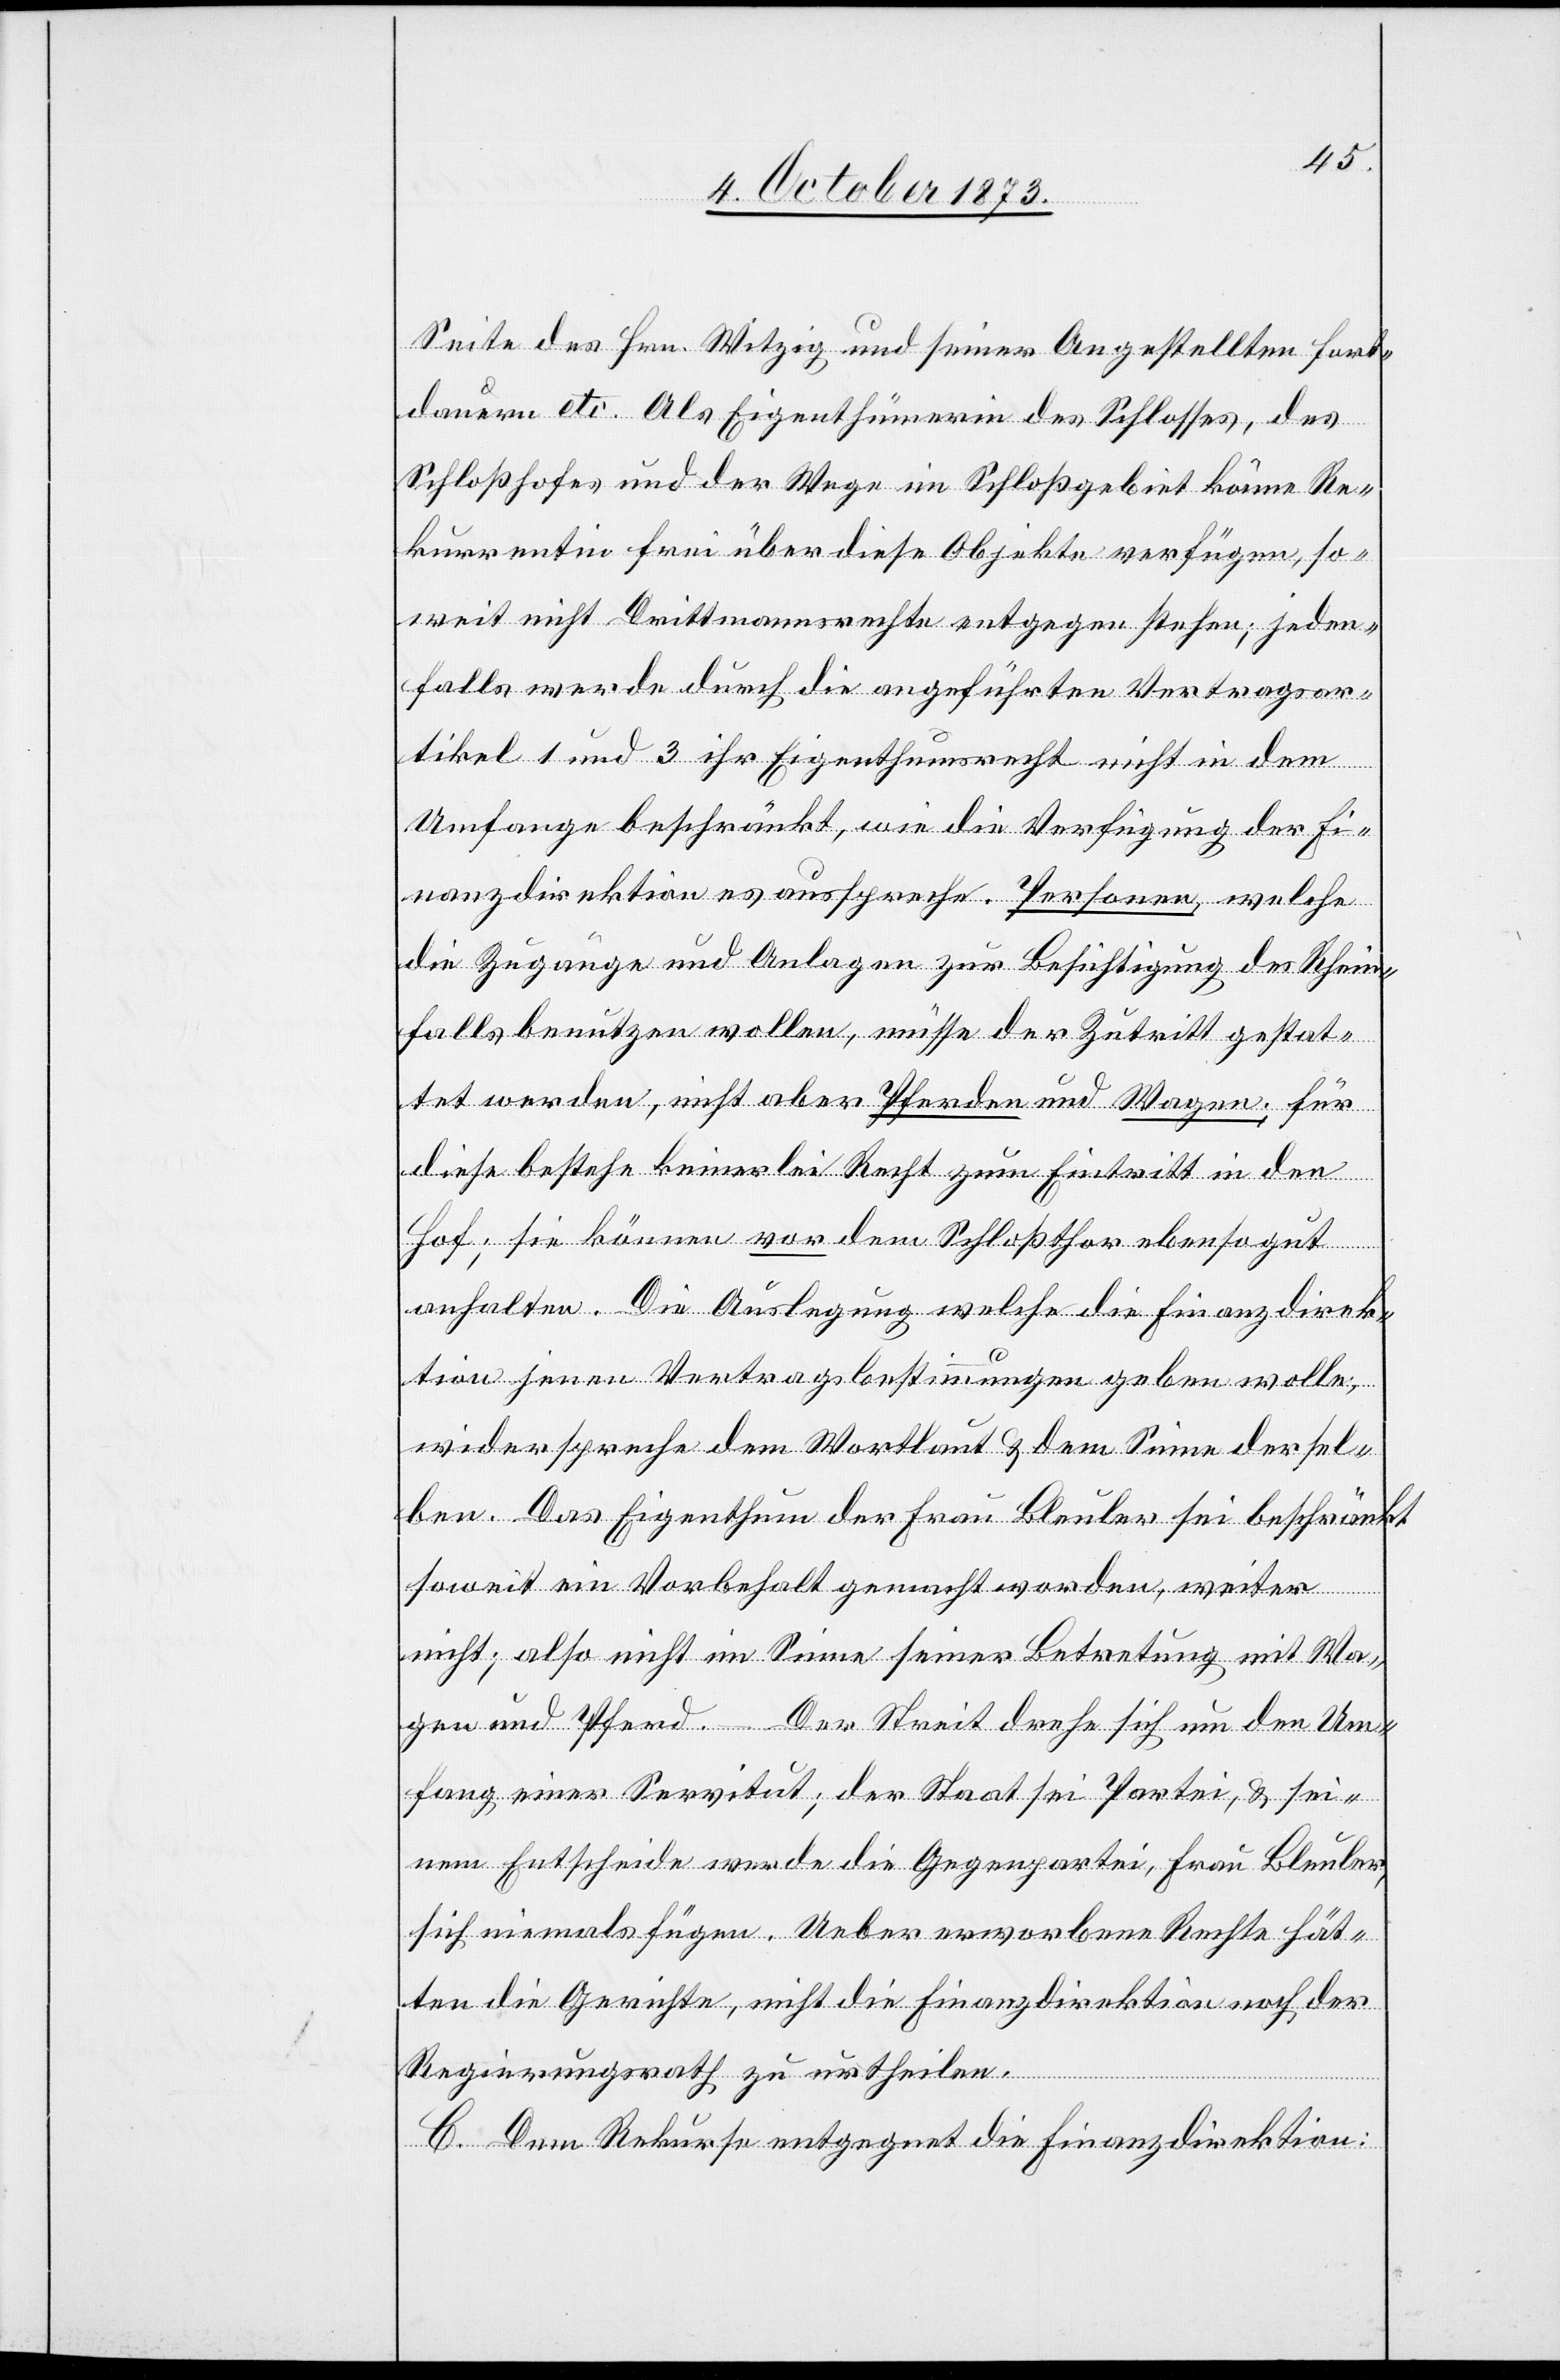
Seite des Hrn. Witzig und seiner Angestellten fort¬
dauern etc. Als Eigenthümerin des Schlosses, des
Schloßhofes und der Wege im Schloßgebiet könne Re¬
kurrentin frei über diese Objekte verfügen, so¬
weit nicht Drittmannsrechte entgegen stehen; jeden¬
falls werde durch die angeführten Vertragsar¬
tikel 1 und 3 ihr Eigenthumsrecht nicht in dem
Umfange beschränkt, wie die Verfügung der Fi¬
nanzdirektion es ausspreche. Personen, welche
die Zugänge und Anlagen zur Besichtigung des Rhein¬
falls benutzen wollen, müsse der Zutritt gestat¬
tet werden, nicht aber Pferden und Wagen; für
diese bestehe keinerlei Recht zum Eintritt in den
Hof; sie können vor dem Schloßthor ebensogut
anhalten. Die Auslegung welche die Finanzdirek¬
tion jenen Vertragsbestimmungen geben wolle,
widerspreche dem Wortlaut & dem Sinne dersel¬
ben. Das Eigenthum der Frau Bleuler sei beschränkt
soweit ein Vorbehalt gemacht worden, weiter
nicht; also nicht im Sinne seiner Betretung mit Wa¬
gen und Pferd. – Der Streit drehe sich um den Um¬
fang einer Servitut; der Staat sei Partei, & sei¬
nem Entscheide werde die Gegenpartei, Frau Bleuler,
sich niemals fügen. Ueber erworbene Rechte hät¬
ten die Gerichte, nicht die Finanzdirektion noch der
Regierungsrath zu urtheilen.
C. Dem Rekurse entgegnet die Finanzdirektion: